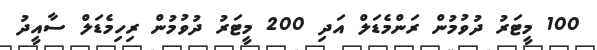
100 މީޓަރު ދުވުމުން ރަންމެޑަލް އަދި 200 މީޓަރު ދުވުމުން ރިހިމެޑަލް ސާއީދު